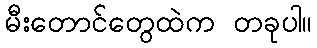
မီးတောင်တွေထဲက တခုပါ။